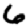
Digit: 6